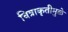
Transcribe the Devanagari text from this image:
चित्राकृतीमुळे